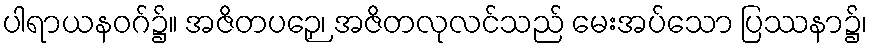
ပါရာယနဝဂ်၌။ အဇိတပဉှေ၊ အဇိတလုလင်သည် မေးအပ်သော ပြဿနာ၌၊